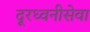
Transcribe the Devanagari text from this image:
दूरध्वनीसेवा